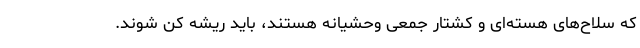
که سلاح‌های هسته‌ای و کشتار جمعی وحشیانه هستند، باید ریشه کن شوند.